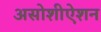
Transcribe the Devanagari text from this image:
असोशीऐशन